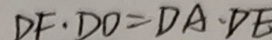
D F \cdot D O = D A \cdot D E